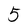
Character: 5